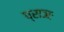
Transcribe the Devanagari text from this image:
प्राञः